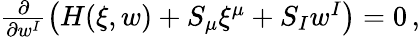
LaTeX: \begin{array}{r}{\frac{\partial}{\partial w^{I}}\left(H(\xi,w)+S_{\mu}\xi^{\mu}+S_{I}w^{I}\right)=0\, ,}\end{array}